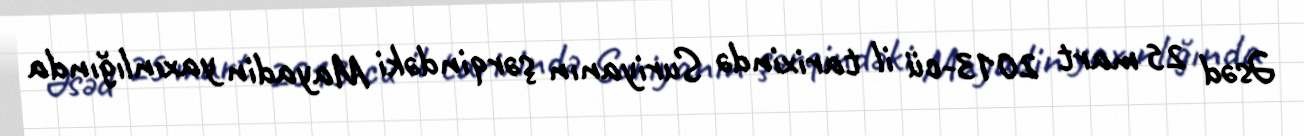
Əsəd 25 mart 2013-cü il tarixində Suriyanın şərqindəki Mayadin yaxınlığında